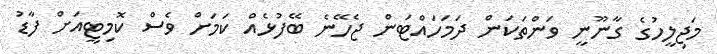
މަޖިލީހުގެ ގާނޫނީ ވަންތަކަން ދަމަހައްޓަން ޖެހޭނެ ބޭފުޅެއް ކަމަށް ވެސް ކޮމިޓީއަށް ފާޑު